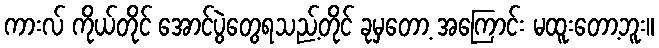
ကားလ် ကိုယ်တိုင် အောင်ပွဲတွေရသည့်တိုင် ခုမှတော့ အကြောင်း မထူးတော့ဘူး။